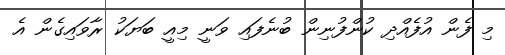
މި ފެން އުފެއްދި ކުންފުނިން ބުނެފައި ވަނީ މިއީ ބަޔަކު ރާވައިގެން އެ